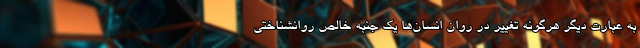
به عبارت دیگر هرگونه تغییر در روان انسان‌ها یک جنبه خالص روانشناختی